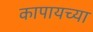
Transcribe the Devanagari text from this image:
कापायच्या